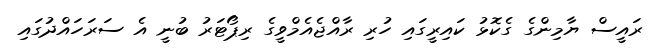
ރައީސް ޔާމިންގެ ގެކޮޅު ކައިރީގައި ހުރި ރާއްޖެއެމްވީގެ ރިޕޯޓަރު ބުނީ އެ ސަރަހައްދުގައި